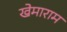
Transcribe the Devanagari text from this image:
खेमाराम